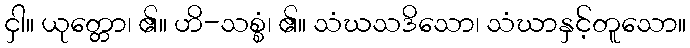
ငှါ။ ယုတ္တော၊ ၏။ ဟိ-သစ္စံ၊ ၏။ သံဃသဒိသော၊ သံဃာနှင့်တူသော။